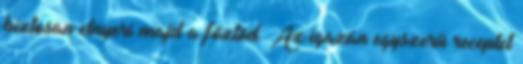
biztosan elnyeri majd a főztöd. Az igazán egyszerű receptet